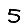
Digit: 5